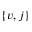
\{ v , j \}